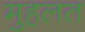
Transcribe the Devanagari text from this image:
मुहलत